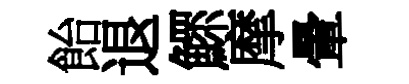
飴退鰥摩暈